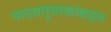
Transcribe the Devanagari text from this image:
पाठय़पुस्तकांबद्दल